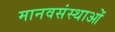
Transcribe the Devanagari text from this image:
मानवसंस्थाओं